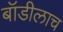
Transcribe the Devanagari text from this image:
बॉडीलाच